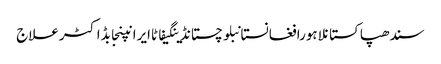
سندھپاکستانلاہورافغانستانبلوچستانڈینگیفاٹاایرانپنجابڈاکٹرعلاج